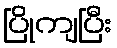
ပြိုကျပြီး